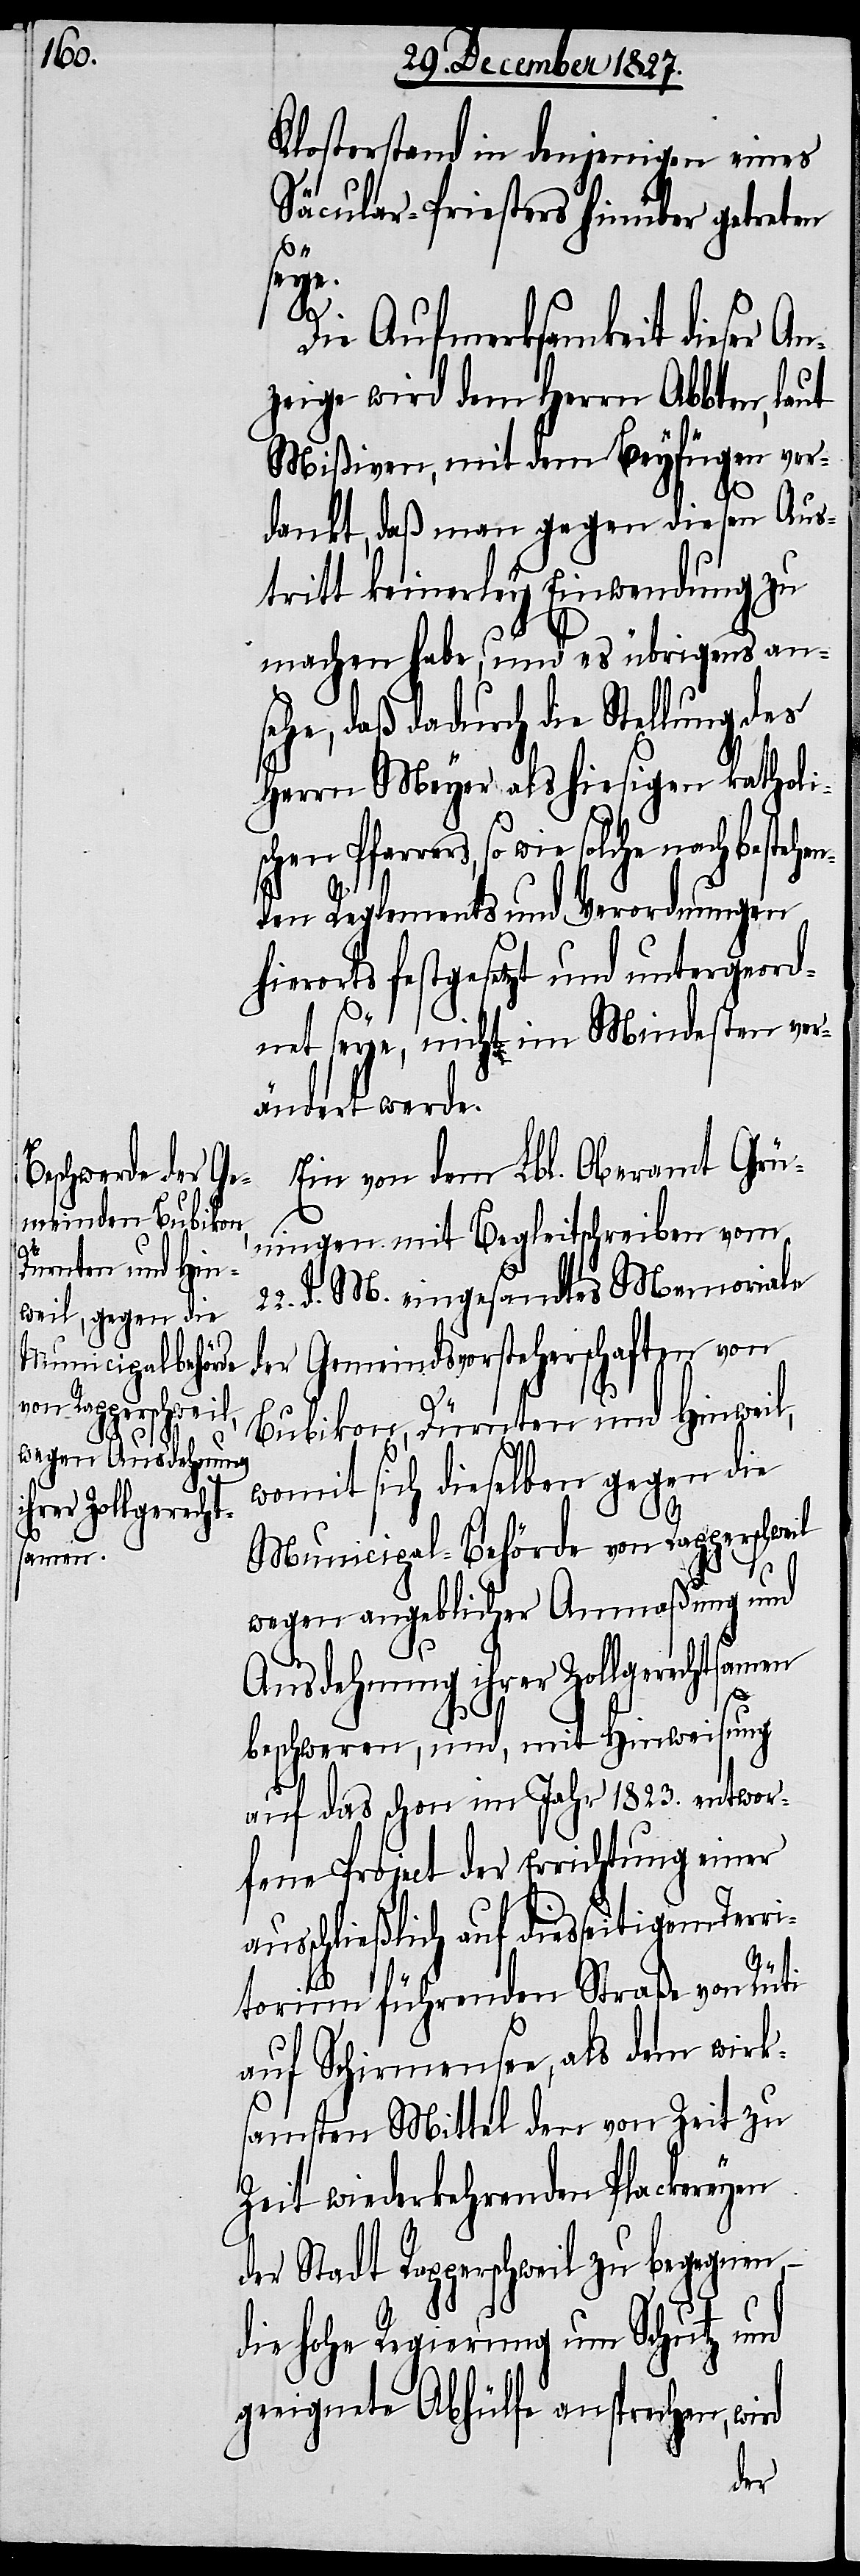
Klosterstand in denjenigen eines
Säcular-Priesters hinüber getreten
be¬
stehen¬
Die Aufmerksamkeit dieser An¬
zeige wird dem Herrn Abbten, laut
Mißiven, mit dem Beyfügen ver¬
au¬
dankt, daß man gegen diesen Aus¬
tritt keinerley Einwendung zu
machen habe, und es übrigens an¬
sehe, daß dadurch die Stellung des
Herrn Meyer als hiesigen katholi¬
schen Pfarrers, so wie solche
den Reglements und Verordnungen
hierorts festgesetzt und untergeord¬
net seye, nicht im Mindesten ver¬
ändert werde.
Ein von dem Lbl. Oberamt Grün¬
ingen mit Begleitschreiben vom
d. M. eingesandtes Memoriale
der Gemeindsvorsteherschaften von
Bubikon, Dürnten und Hinweil,
womit sich dieselben gegen die
Municipal-Behörde von Rapperschweil
wegen angeblicher Anmaßung und
rd
Ausdehnung ihrer Zollgerechtsamen
beschweren, und, mit Hinweisung
auf das schon im Jahr 1823. entwor¬
fene Project der Errichtung einer
sschließlich auf diesseitigem Ter¬
ritorium führenden Straße von Rüti
auf Schirmensee, als dem wirk¬
samsten Mittel den von Zeit zu
Zeit wiederkehrenden Plackereyen
der Stadt Rapperschweil zu begegnen,
die hohe Regierung um Schutz und
geeignete Abhülfe ansprechen, wi¬